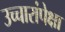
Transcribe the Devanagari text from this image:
उच्चारांपेक्षा